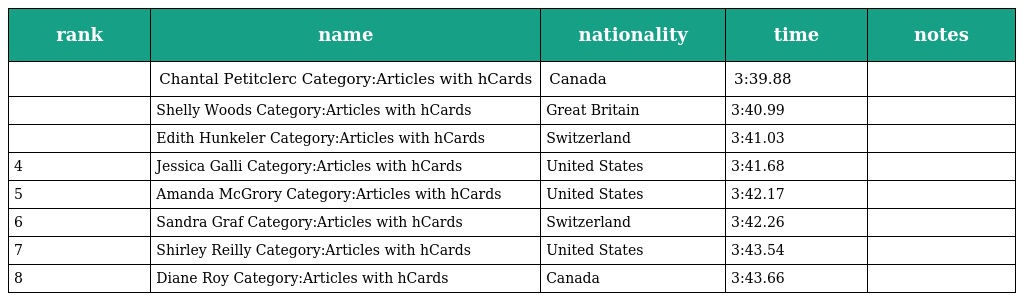
| rank | name | nationality | time | notes |
 | --- | --- | --- | --- | --- |
 |  | Chantal Petitclerc Category:Articles with hCards | Canada | 3:39.88 |  |
 |  | Shelly Woods Category:Articles with hCards | Great Britain | 3:40.99 |  |
 |  | Edith Hunkeler Category:Articles with hCards | Switzerland | 3:41.03 |  |
 | 4 | Jessica Galli Category:Articles with hCards | United States | 3:41.68 |  |
 | 5 | Amanda McGrory Category:Articles with hCards | United States | 3:42.17 |  |
 | 6 | Sandra Graf Category:Articles with hCards | Switzerland | 3:42.26 |  |
 | 7 | Shirley Reilly Category:Articles with hCards | United States | 3:43.54 |  |
 | 8 | Diane Roy Category:Articles with hCards | Canada | 3:43.66 |  |